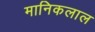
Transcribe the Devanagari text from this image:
मानिकलाल